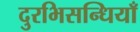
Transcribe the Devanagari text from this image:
दुरभिसन्धियाँ